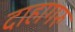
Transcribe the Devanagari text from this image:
दाहागरु